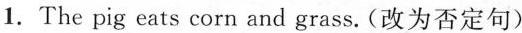
1.The pig eats corn and grass. (改为否定句)